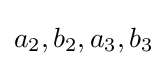
a_{2},b_{2},a_{3},b_{3}